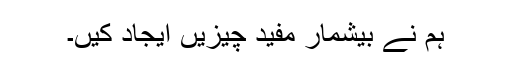
ہم نے بیشمار مفید چیزیں ایجاد کیں۔